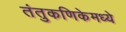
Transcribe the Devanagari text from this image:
तंतुकणिकेमध्ये